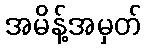
အမိန့်အမှတ်